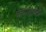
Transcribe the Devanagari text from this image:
योगरत्नावली